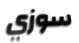
سوزي